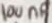
Text: 100nF